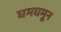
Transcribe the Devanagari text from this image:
घमघमून